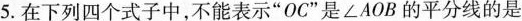
5.在下列四个式子中，不能表示”OC”是∠AOB的平分线的是